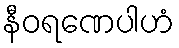
နီဝရဏေပါဟံ